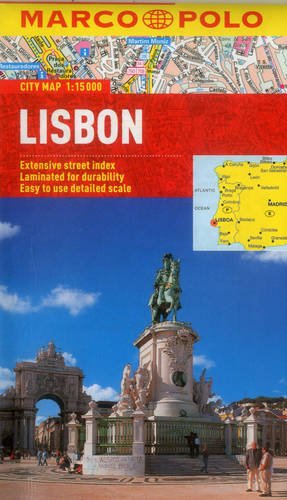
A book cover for Lisbon Marco Polo City Map (Marco Polo City Maps); Marco Polo Travel; Travel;